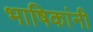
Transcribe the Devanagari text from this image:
भाषिकांनी